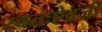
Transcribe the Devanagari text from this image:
स्वतःऐवजी